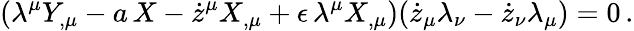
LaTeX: (\lambda^{\mu}Y_{,\mu}-a\, X-\dot{z}^{\mu}X_{,\mu}+\epsilon\, \lambda^{\mu}X_{,\mu})(\dot{z}_{\mu}\lambda_{\nu}-\dot{z}_{\nu}\lambda_{\mu})=0\, .